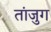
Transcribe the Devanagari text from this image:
तांजुग